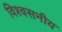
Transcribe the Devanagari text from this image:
विश्‍वसनीय